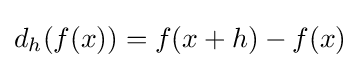
d_{h}(f(x))=f(x+h)-f(x)